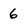
Character: 6